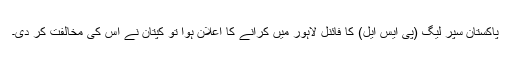
پاکستان سپر لیگ (پی ایس ایل) کا فائنل لاہور میں کرانے کا اعلان ہوا تو کپتان نے اس کی مخالفت کر دی۔